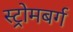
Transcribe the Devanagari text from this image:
स्ट्रोमबर्ग